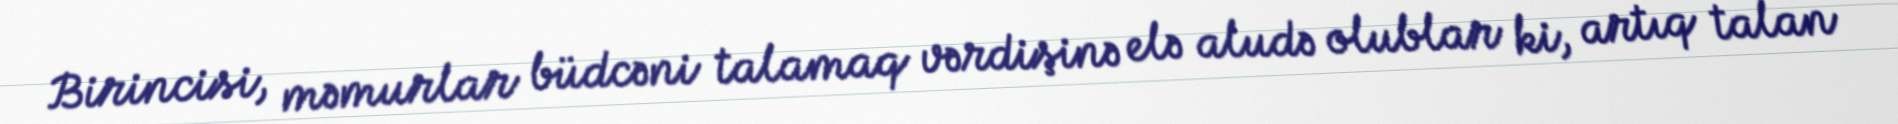
Birincisi, məmurlar büdcəni talamaq vərdişinə elə aludə olublar ki, artıq talan